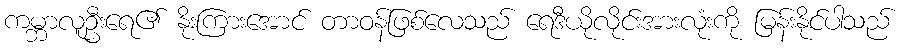
ကမ္ဘာလူဦးရေ၏ နိုးကြားအောင် တာဝန်ဖြစ်လေသည် ရေဒီယိုလိုင်းအားလုံးကို မြန်းနိုင်ပါသည်